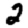
Digit: 2